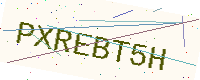
Text: PXREBT5H